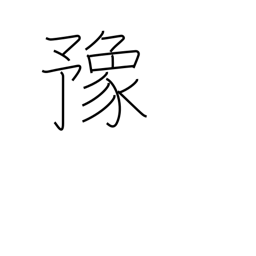
Meaning: at ease